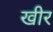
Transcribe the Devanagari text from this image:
खीर